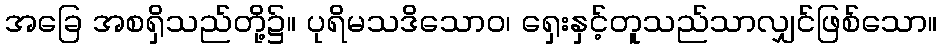
အခြေ အစရှိသည်တို့၌။ ပုရိမသဒိသောဝ၊ ရှေးနှင့်တူသည်သာလျှင်ဖြစ်သော။